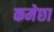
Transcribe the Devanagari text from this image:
कमेछा